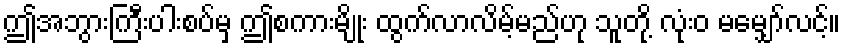
ဤအဘွားကြီးပါးစပ်မှ ဤစကားမျိုး ထွက်လာလိမ့်မည်ဟု သူတို့ လုံးဝ မမျှော်လင့်။